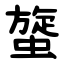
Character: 䗠